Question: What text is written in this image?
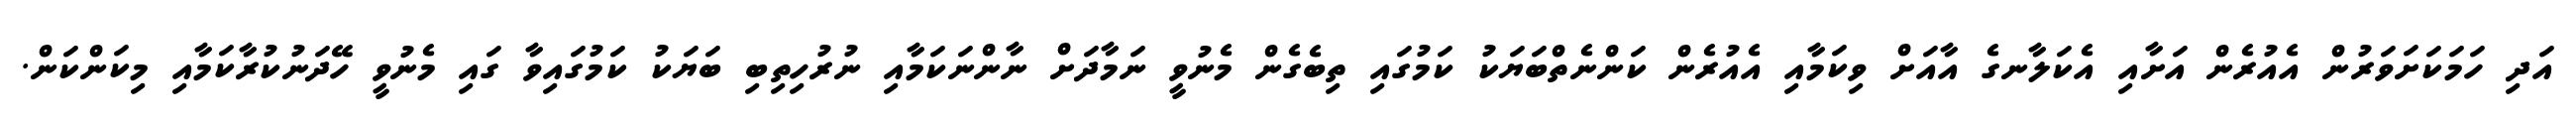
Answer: އަދި ހަމަކަށަވަރުން އެއުރެން އަށާއި އެކަލާނގެ އާއަށް ވިކަމާއި އެއުރެން ކަންނެތްބަޔަކު ކަމުގައި ތިބެގެން މެނުވީ ނަމާދަށް ނާންނަކަމާއި ނުރުހިތިބި ބަޔަކު ކަމުގައިވާ ގައި މެނުވީ ހޭދަނުކުރާކަމާއި މިކަންކަން.